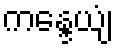
ကန္ဒေယျံ